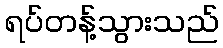
ရပ်တန့်သွားသည်